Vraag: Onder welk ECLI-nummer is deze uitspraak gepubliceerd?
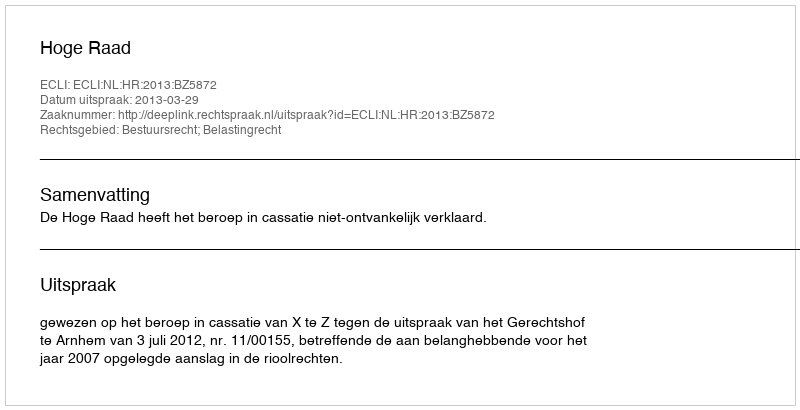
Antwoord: ECLI:NL:HR:2013:BZ5872